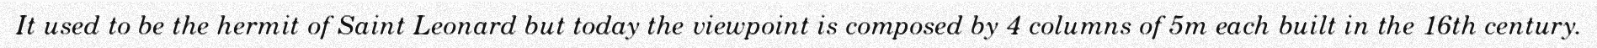
It used to be the hermit of Saint Leonard but today the viewpoint is composed by 4 columns of 5m each built in the 16th century.